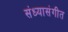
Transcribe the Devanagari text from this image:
संध्यासंगीत